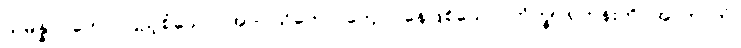
သမန္နာဂတော၊ ပြည့်စုံသော။ အာဝါသိကော၊ ကျောင်နေဖြစ်သော။ ဘိက္ခု၊ ရဟန်းကို။ အာဘာတံ၊